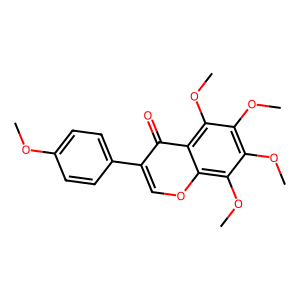
SMILES: COc1ccc(-c2coc3c(OC)c(OC)c(OC)c(OC)c3c2=O)cc1
Inhibits HIV replication: No